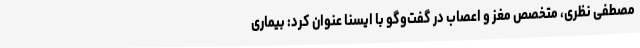
مصطفی نظری، متخصص مغز و اعصاب در گفت‌وگو با ایسنا عنوان کرد: بیماری